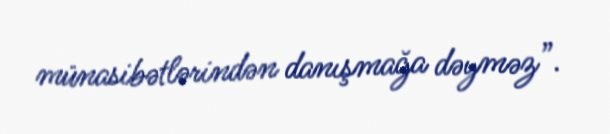
münasibətlərindən danışmağa dəyməz”.